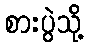
စားပွဲသို့